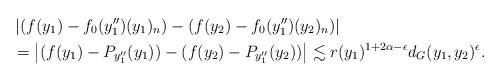
LaTeX: \begin{align*}&\left|\left(f(y_1)-f_0(y''_1)(y_1)_n\right)-\left(f(y_2)-f_0(y''_1)(y_2)_n\right)\right|\\&=\left|(f(y_1)-P_{y''_1}(y_1))-(f(y_2)-P_{y''_1}(y_2))\right|\lesssim r(y_1)^{1+2\alpha-\epsilon}d_G(y_1,y_2)^{\epsilon}.\end{align*}